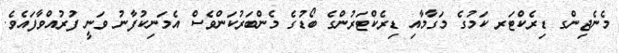
މެނެޖިންގ ޑިރެކްޓަރ ކަމުގެ މަގާމާއި ޑިރެކްޓަރުންގެ ބޯޑުގެ މެންބަރުކަންވެސް އެމަނިކުފާނު ވަނީ ފުރުއްވާފައެވެ.